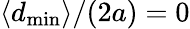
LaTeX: \langle d_{\mathrm{min}}\rangle/(2a)=0